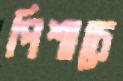
পিশাচে